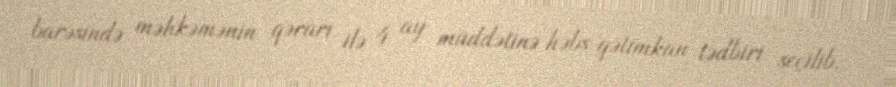
barəsində məhkəmənin qərarı ilə 4 ay müddətinə həbs qətimkan tədbiri seçilib.